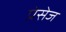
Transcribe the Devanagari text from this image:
प्रेसेज